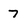
Character: 7